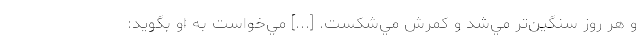
و هر روز سنگين‌‌تر مي‌شد و كمرش مي‌شكست. [...] مي‌خواست به او بگويد: